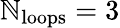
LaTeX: \mathbb{N}_{\mathrm{{loops}}}=3